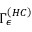
{ \Gamma } _ { \epsilon } ^ { \left( H C \right) }